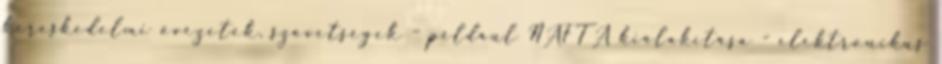
kereskedelmi övezetek, szövetségek – például NAFTA kialakítása - elektronikus